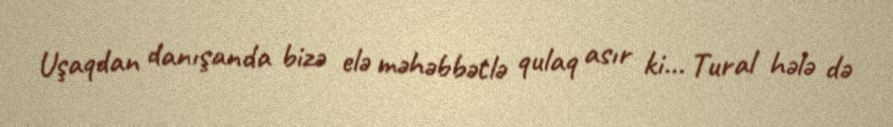
Uşaqdan danışanda bizə elə məhəbbətlə qulaq asır ki... Tural hələ də